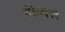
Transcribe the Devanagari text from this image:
येरेव्हानने